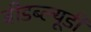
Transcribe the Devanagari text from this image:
बीडब्ल्यूडी